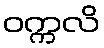
ဝက္ကလိ